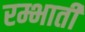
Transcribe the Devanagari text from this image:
रम्भाती